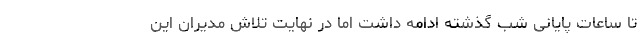
تا ساعات پایانی شب گذشته ادامه داشت اما در نهایت تلاش مدیران این